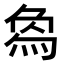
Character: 𤊱